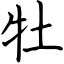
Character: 牡